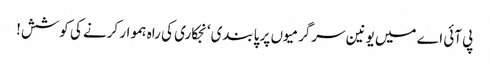
پی آئی اے میں یونین سرگرمیوں پر پابندی‘ نجکاری کی راہ ہموار کرنے کی کوشش!